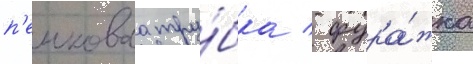
п'енковаа тру́бка / фура́жка